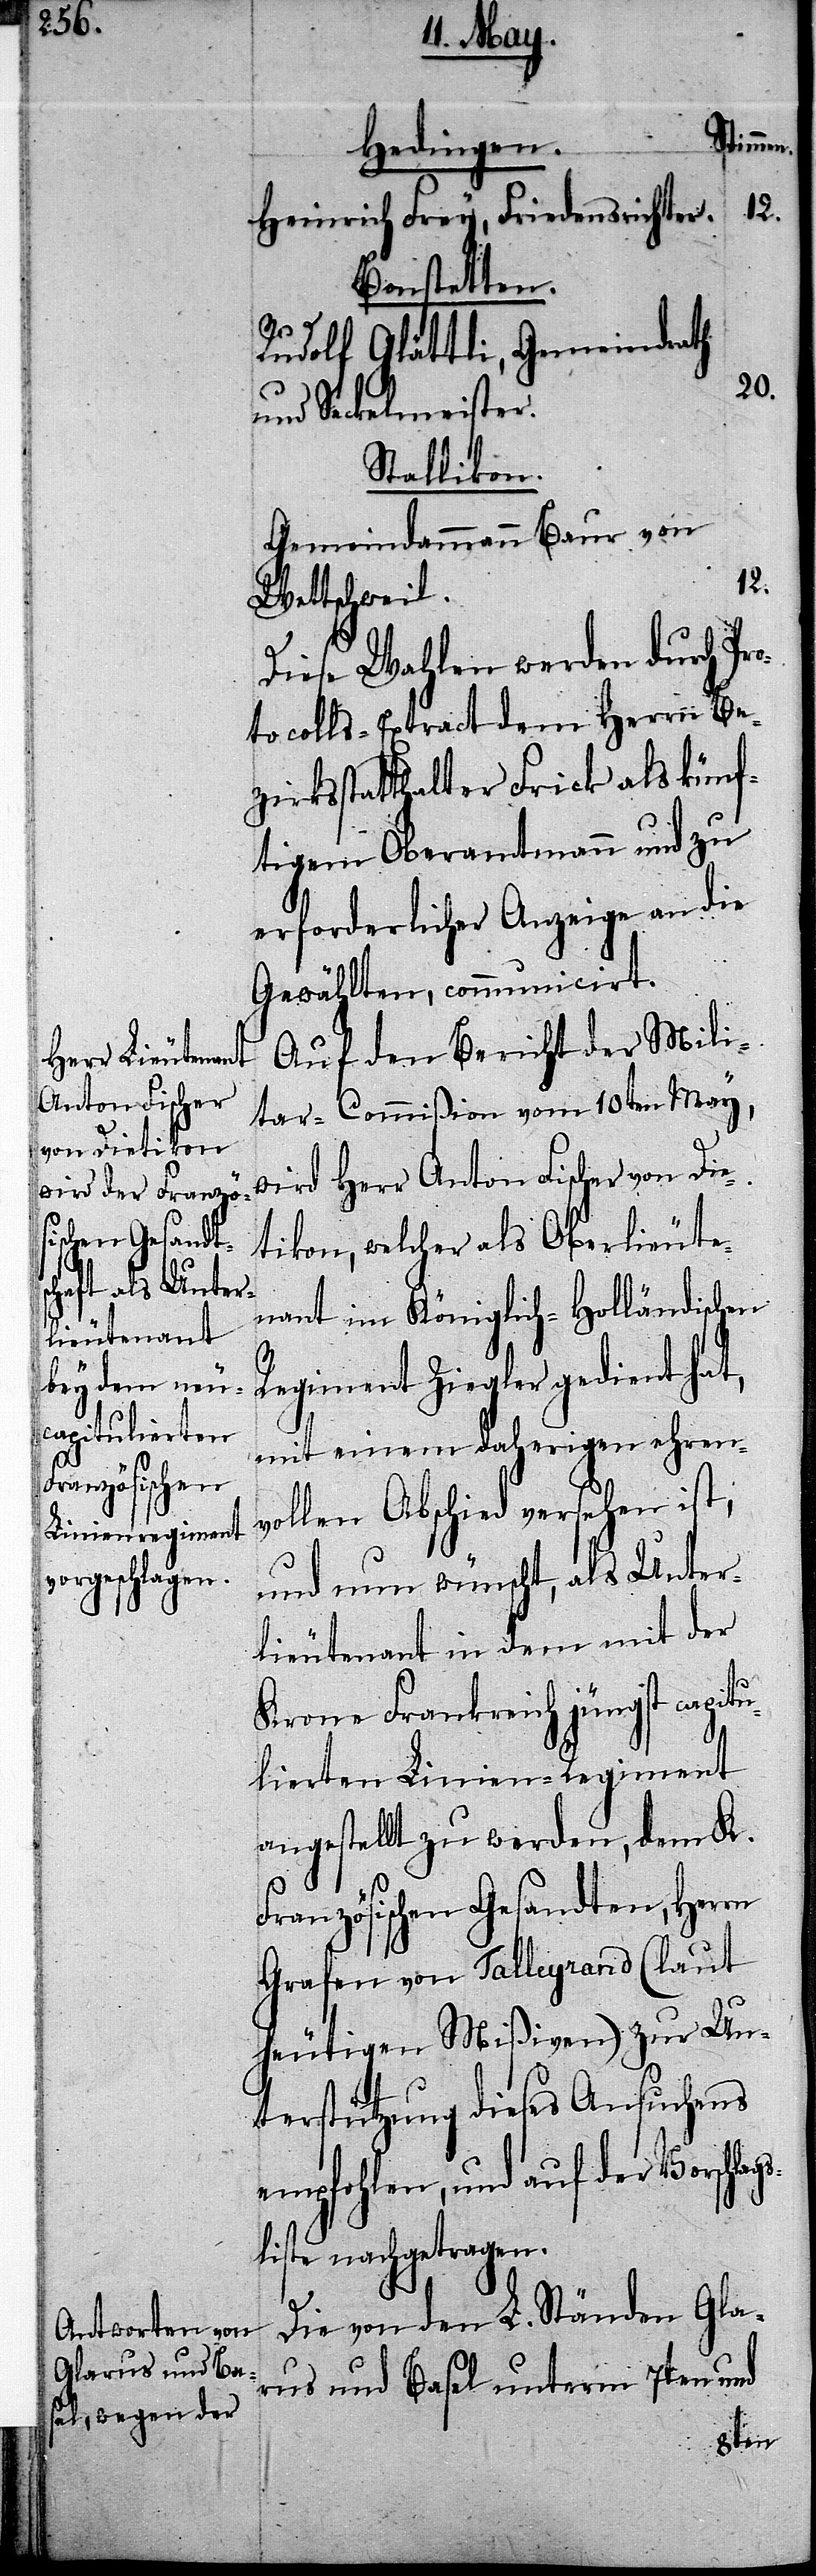
Stimmen.
Hedingen.
Heinrich Frey, Friedensrichter.
Bonstetten.
Rudolf Glättli, Gemeindrath
20.
und Seckelmeister.
Stallikon.
Gemeindammann Baur von
12.
Wettschweil.
Diese Wahlen werden durch Pro¬
tokolls-Extract dem Herrn Be¬
zirksstatthalter Frick als künf¬
tigen Oberamtmann und zu
erforderlicher Anzeige an die
Gewählten, communicirt.
Auf den Bericht der Mili¬
tar-Commißion vom 10ten May,
wird Herr Anton Fischer von Die¬
tikon, welcher als Oberlieute¬
nant im Königlich-Holländischen
Regiment Ziegler gedient hat,
mit einem daherigen ehren¬
vollen Abschied versehen ist,
und nun wünscht, als Unter¬
lieutenant in dem mit der
Krone Frankreich jüngst capitu¬
lierten Linien-Regiment
angestellt zu werden, dem K.
Französischen Gesandten, Herrn
Grafen von Talleyrand (laut
heutigen Mißiven) zur Un¬
terstützung dieses Ansuchens
empfohlen, und auf der Vorschlags¬
liste nachgetragen.
Die von den L. Ständen Gla¬
rus und Basel unterm 7ten und